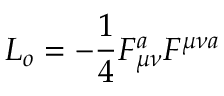
{ \cal L } _ { o } = - \frac { 1 } { 4 } F _ { \mu \nu } ^ { a } F ^ { \mu \nu a } \,